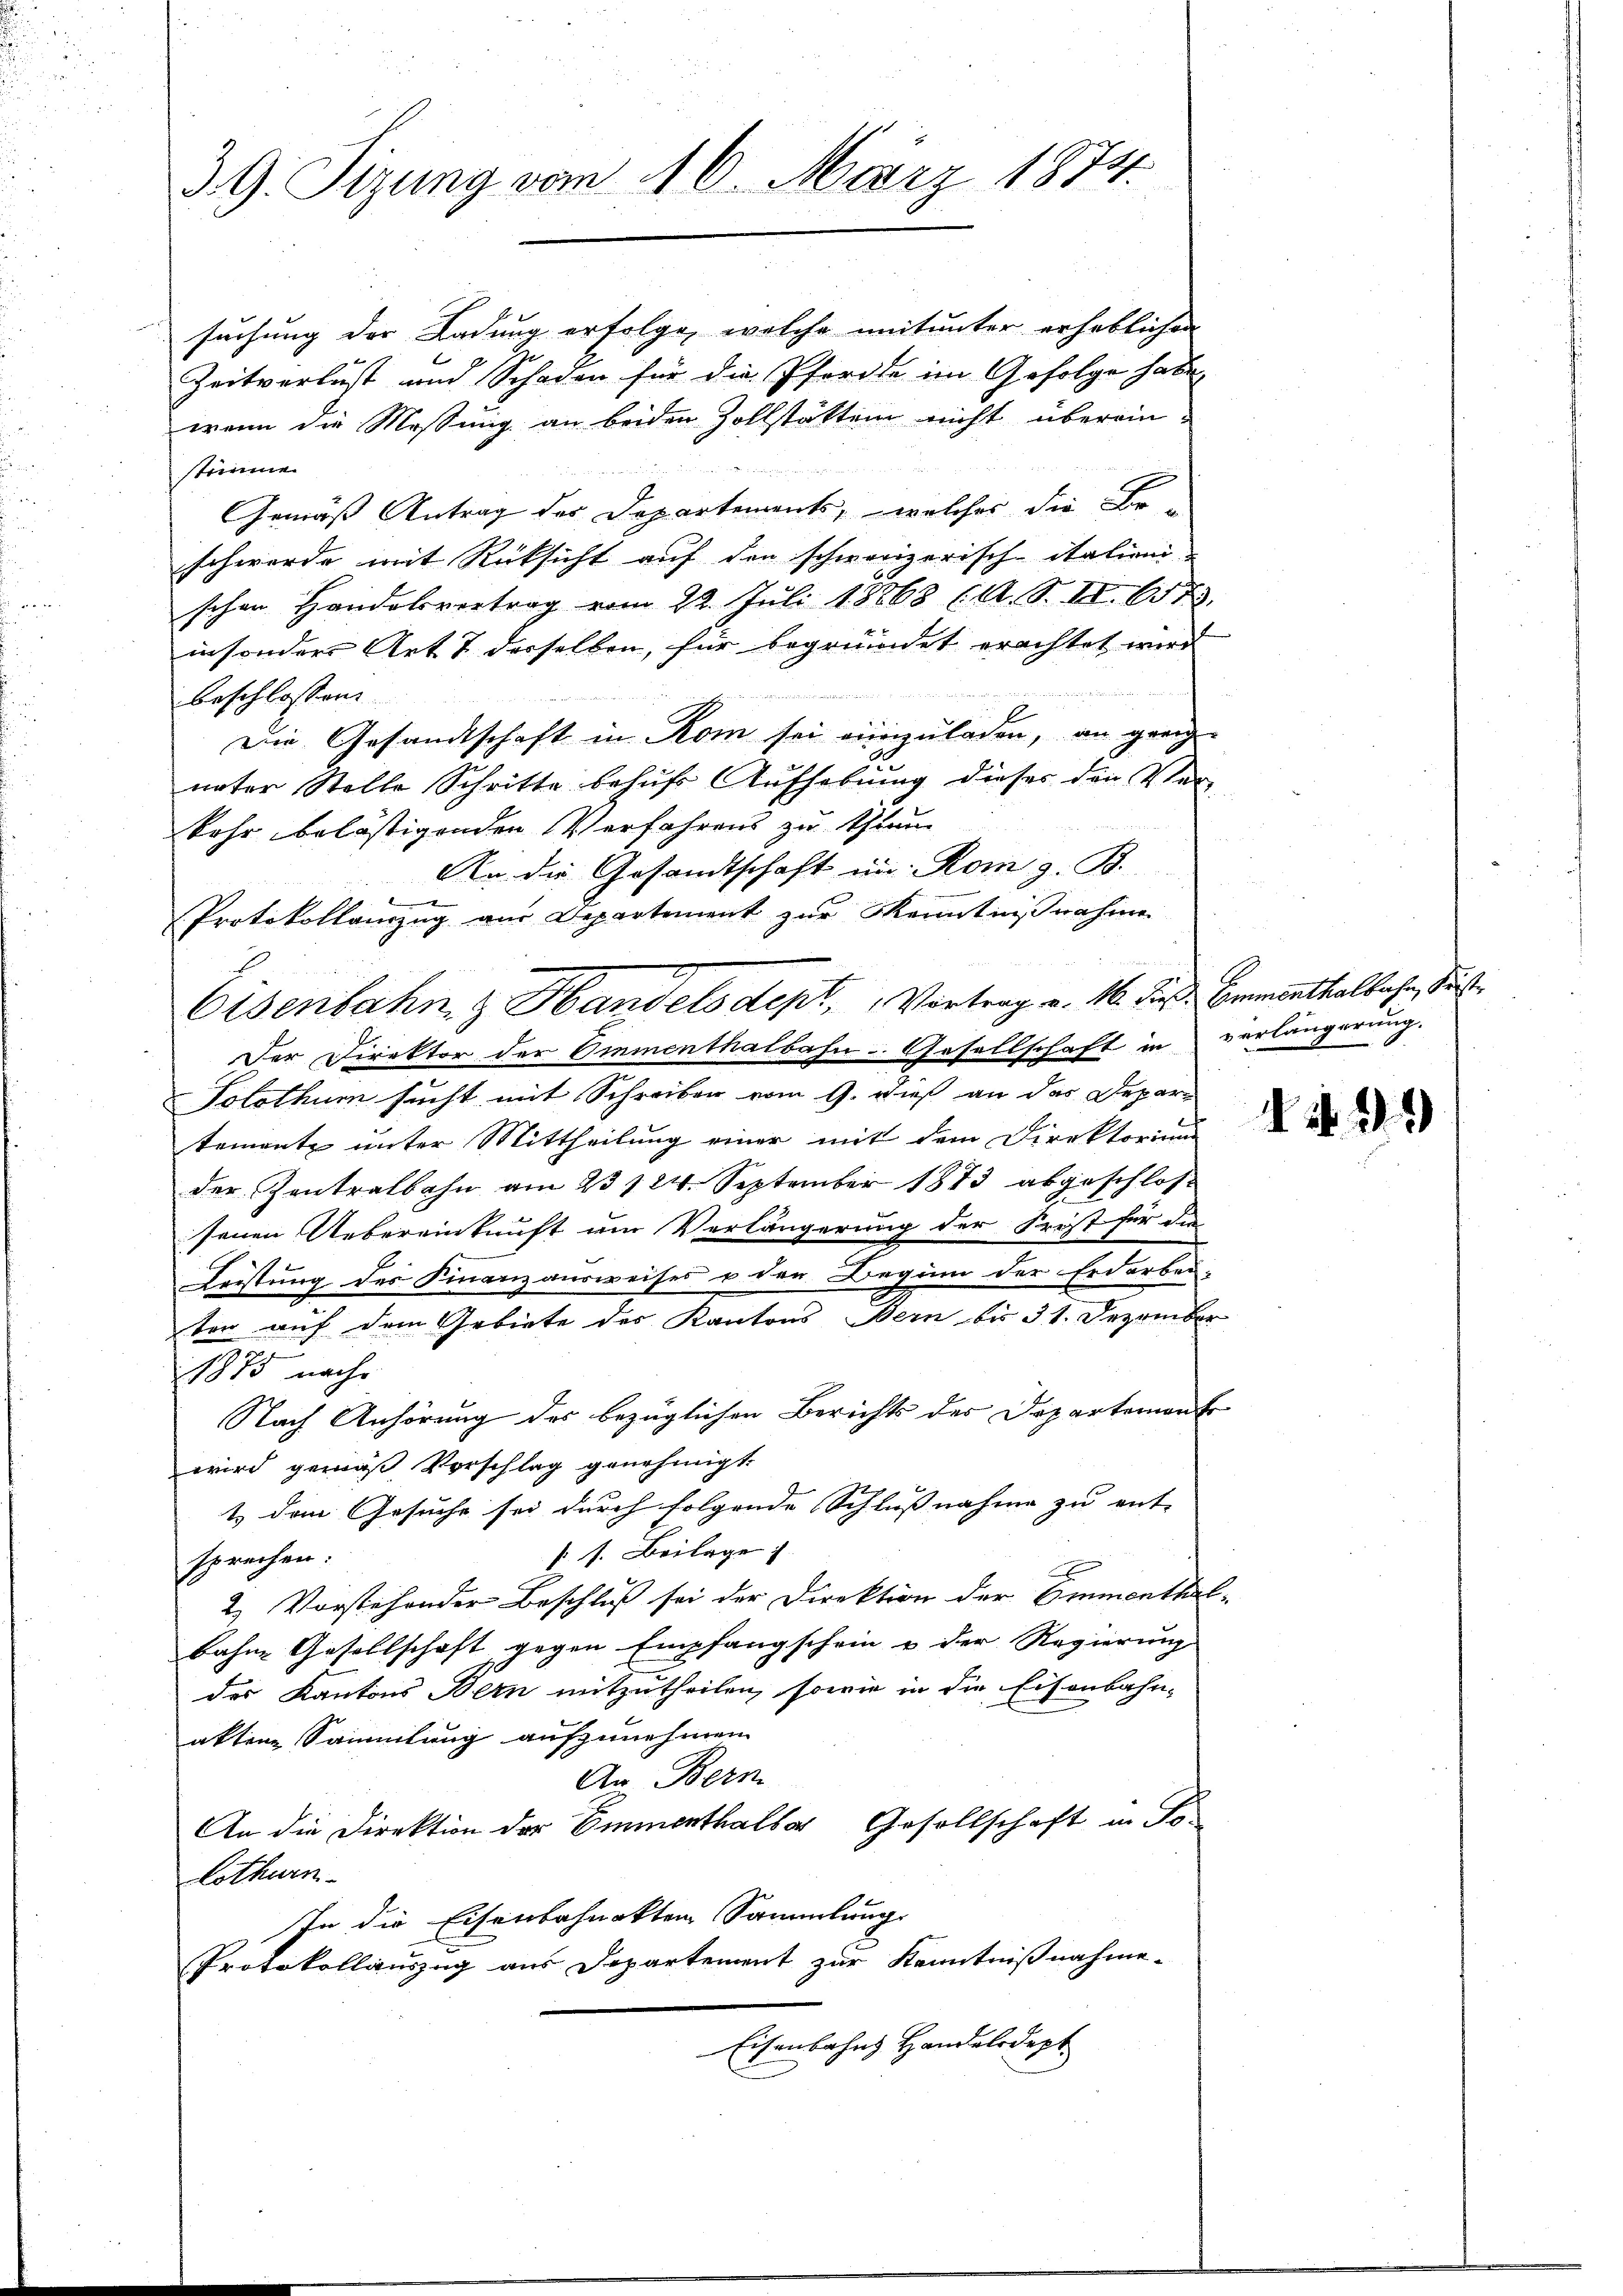
E
39. Sitzung vom 16. März 1874.

suchung der Ladung erfolge, welche mitunter erheblichen
Zeitverlust und Schaden für die Pferde im Gefolge habe,
wenn die Messung an beiden Zollstätten nicht überein-
stimme.
Gemäß Antrag des Departements, welches die Be-
schwerde mit Rücksicht auf den schweizerisch italienischen Handelsvertrag vom 22. Juli 18868 (A. S. II. 657.
insonders Art 7 derselben, für begründet erachtet wird

beschlossen:
Die Gesandtschaft in Rom sei einzuladen, an ganz
nater Stelle Schritte behufs Aufhebung dieses den Ver-
kehr belästigenden Verfahrens zu thum
An die Gesandtschaft in Rom z. B.
Protokollanzug aus Departement zur Kenntnißnahme
Der Direktor der Emmenthalbahn- Gesellschaft in
Solothur sucht mit Schreiben vom 9. dieß an das Depar-
tement unter Mittheilung einer mit dem Direktorium
der Zentralbahn am 23 124. September 1873 abgeschlos-
senen Uebereinkunft um Verlängerung der Freit für die
Leistung des Finanzausweises u den Beginn der Erdarbei-
ter auf dem Gebiete des Kantons Bern bis 31. Dezemb
1875 nach
Nach Anhörung des bezüglichen Berichts des Departemen
wird gemäß Vorschlag genehmigt.
1.) Dem Gesuche sei durch folgende Schlussnahme zu ent-
P 1. Beilage
sprechen:
2. Vorstehender Beschluß sei der Direktion der Immaths
bahne Gesellschaft gegen Empfangschein u der Regierung
des Kantons Bern mitzutheilen, sowie in die Eisenbahn-
aktene Sammlung aufzunehmen
An Bern.
An die Direktion der Emmenthalber Gesellschaft in To¬
Lothurn
In die Eisenbahnakten Sammlung.
Protokollauszug aus Departement zur Kenntnißnahme-
Eisenbahns Handelsdept

Eisenbahn & Handels dept, Vortrag v. 16. dieß Beeinthalbahn, dies

i

verlängerung.

1

.

14. 39